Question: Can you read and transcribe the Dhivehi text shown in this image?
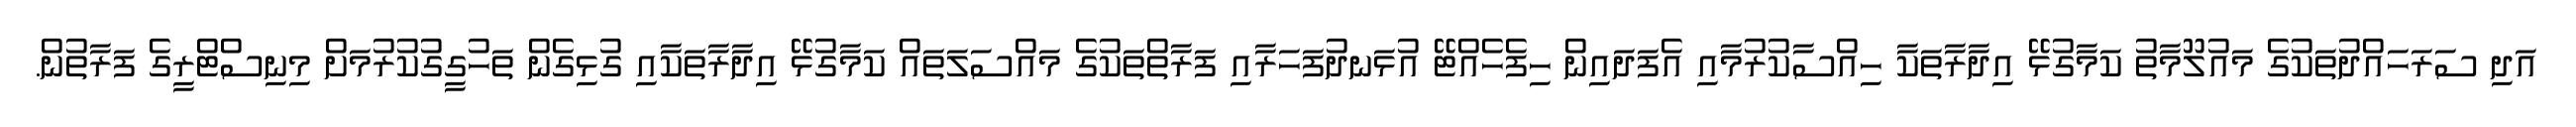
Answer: އަދި ސަރަހައްދުތަކުގެ މައުލޫމާތު ކަމާގުޅޭ އިދާރާތަކާ ހިއްސާކުރުމާއި އެފަދައިން ހިފެހެއްޓޭ އުޅަނދުފަހަރާއި ފަރާތްތަކުގެ މައްސަލަތައް ކަމާގުޅޭ އިދާރާތަކާއި ގުޅިގެން ތަހުގީގުކުރުމަށް މިނިސްޓްރީގެ ފަރާތުން.